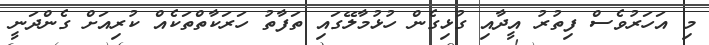
މި އަހަރުވެސް ފިތުރު އީދާއި ގުޅިގެން ހުޅުމާލޭގައި ތަފާތު ހަރަކާތްތަކެއް ކުރިއަށް ގެންދަނީ